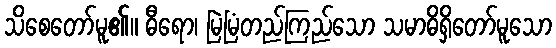
သိစေတော်မူ၏။ ဓီရော၊ မြဲမြံတည်ကြည်သော သမာဓိရှိတော်မူသော